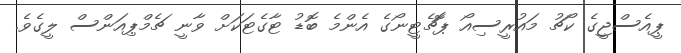
ޕީއެސްޖީގެ ކޯޗު މައުރީސިއޯ ޕޮޗެޓީނޯގެ އެންމެ ބޮޑު ޓާގެޓަކަށް ވާނީ ޗެމްޕިއަންސް ލީގެވެ.